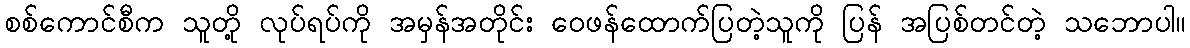
စစ်ကောင်စီက သူတို့ လုပ်ရပ်ကို အမှန်အတိုင်း ဝေဖန်ထောက်ပြတဲ့သူကို ပြန် အပြစ်တင်တဲ့ သဘောပါ။